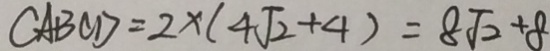
C A B C D = 2 \times ( 4 \sqrt { 2 } + 4 ) = 8 \sqrt { 2 } + 8